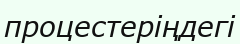
процестеріңдегі